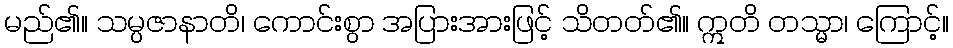
မည်၏။ သမ္ပဇာနာတိ၊ ကောင်းစွာ အပြားအားဖြင့် သိတတ်၏။ ဣတိ တသ္မာ၊ ကြောင့်။